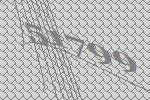
51799